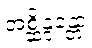
အစ္ဆိန္ဒန္တော